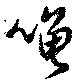
噲